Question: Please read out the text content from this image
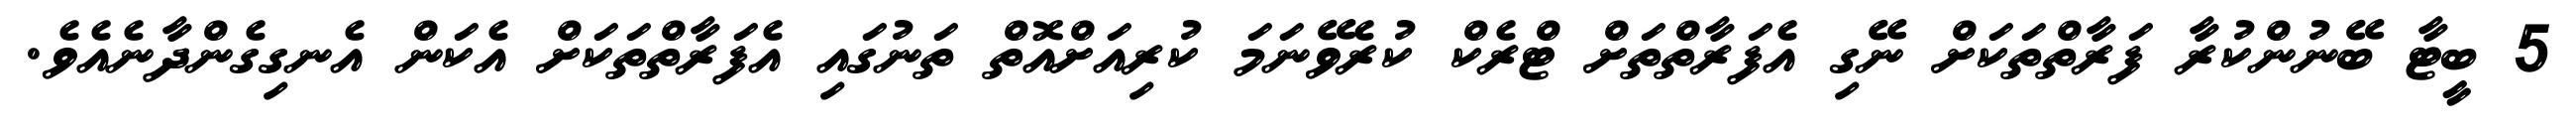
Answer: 5 ބީޓާ ބޭނުންކުރާ ފަރާތްތަކަށް ނޭގި އެފަރާތްތަށް ޓްރެކް ކުރެވޭނަމަ ކުރިއަށްއޮތް ތަނުގައި އެފަރާތްތަކަށް އެކަން އެނގިގެންދާނެއެވެ.